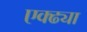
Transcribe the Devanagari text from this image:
एक्ढ्या